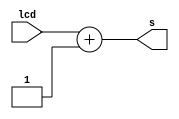
module adder(input [7:0]lcd,
				output [7:0]s);

		assign s = lcd+1'b1;

endmodule